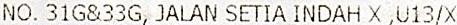
NO. 31G&33G, JALAN SETIA INDAH X ,U13/X